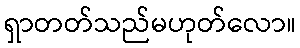
ရှာတတ်သည်မဟုတ်လော။